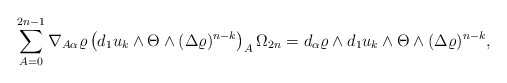
\begin{align*} \sum_{A=0}^{2n-1} \nabla_{A\alpha }\varrho\left(d_1u_k\wedge \Theta\wedge(\Delta \varrho)^{n-k}\right)_A \Omega_ {2n }=d_\alpha\varrho\wedge d_1u_k\wedge \Theta \wedge(\Delta \varrho)^{n-k},\end{align*}